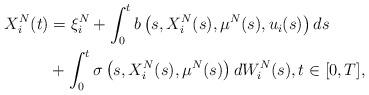
LaTeX: \begin{align*} X^{N}_{i}(t) &= \xi^{N}_{i} + \int_{0}^{t} b\left(s,X^{N}_{i}(s),\mu^{N}(s),u_{i}(s)\right)ds \\&+ \int_{0}^{t} \sigma\left(s,X^{N}_{i}(s),\mu^{N}(s)\right)dW^{N}_{i}(s),t\in [0,T],\end{align*}